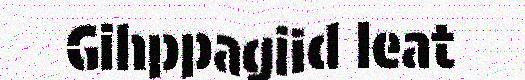
Gihppagiid leat